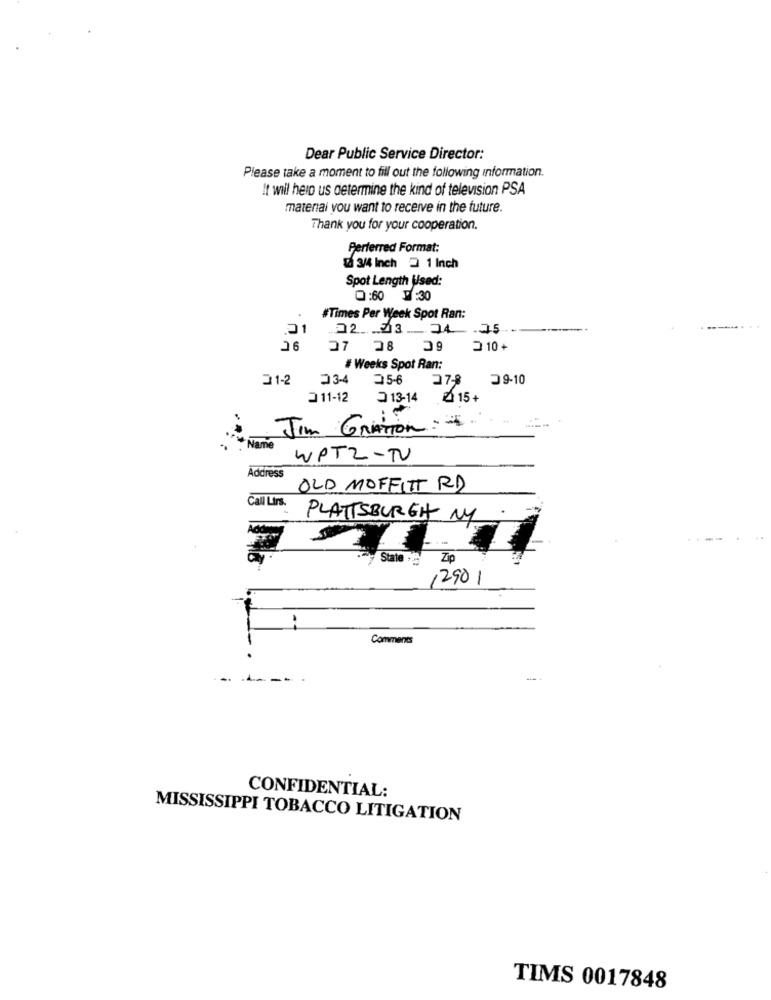
Dear Public Service Director:
Please take a moment to fill out the following information.
It will help us determine the kind of television PSA
material you want to receive in the future.
Thank you for your cooperation.
Perferred Format:
[ 3/4 Inch 2 1 Inch
Spot Length Used:
0:60 :30
#Times Per Week Spot Ran:
02 23 74 75
26
27 28
2 10 +
# Weeks Spot Ran:
21-2
23-4
25-6
27-8
09-10
211-12
13-14
15+
Jim GrAtion :.
Name
WPTZ-TV
Address
OLD MOFFITT RD
Call Lirs.
PLATTSBURGH NY
State. Zip
12901
Comments
CONFIDENTIAL:
MISSISSIPPI TOBACCO LITIGATION
TIMS 0017848